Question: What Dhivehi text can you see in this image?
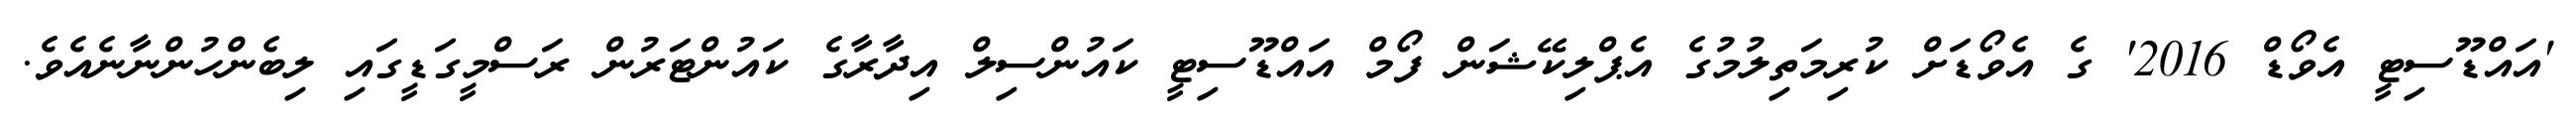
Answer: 'އައްޑޫސިޓީ އެވޯޑް 2016' ގެ އެވޯޑަށް ކުރިމަތިލުމުގެ އެޕްލިކޭޝަން ފޯމް އައްޑޫސިޓީ ކައުންސިލް އިދާރާގެ ކައުންޓަރުން ރަސްމީގަޑީގައި ލިބެންހުންނާނެއެވެ.